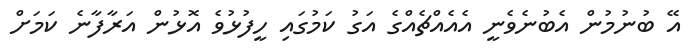
އޭ ބުނުމުން އެބުނެވެނީ އެއެއްޗެއްގެ އަގު ކަމުގައި ހީފުޅުވެ އޮޅުން އަރާފާނެ ކަމަށް